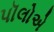
પૉલોએ